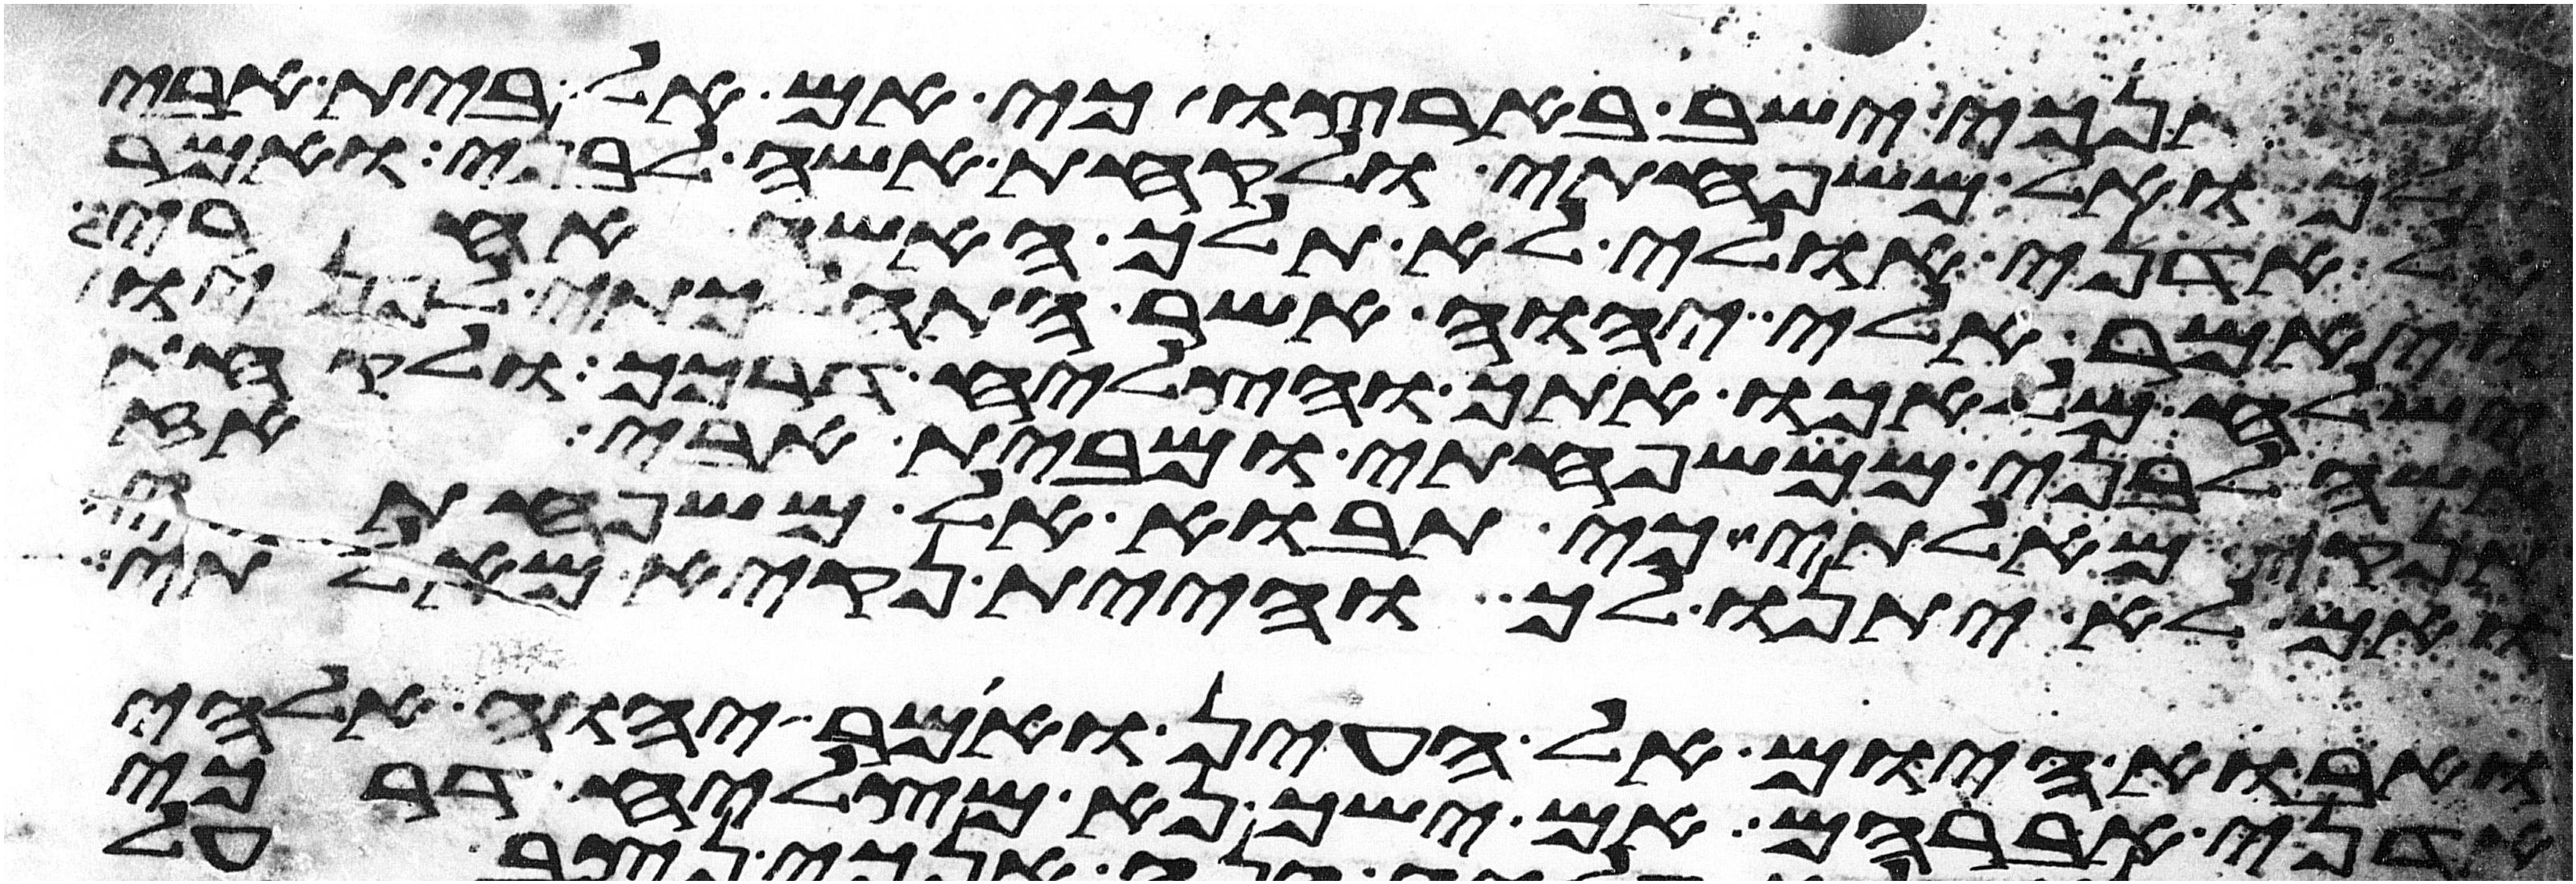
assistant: אשר אנכי ישב בארצו כי אם אל בית אבי
ואל משפחתי ולקחת אשה לבני ואמר
אל אדני אולי לא תלך האשה אחרי
ויאמר אלי יהוה אשר התהלכתי לפניו
ישלח מלאכו אתך והצליח דרכך ולקחת
אשה לבני ממשפחתי ומבית אבי אז
אז תנקיא מאלתי כי תבוא אל משפחתי
ואם לא יתנו לך והיית נקיא מאלתי
ואבוא היום אל העין ואמר יהוה אלהי
אדני אברהם אם ישך נא מצליח דרכי